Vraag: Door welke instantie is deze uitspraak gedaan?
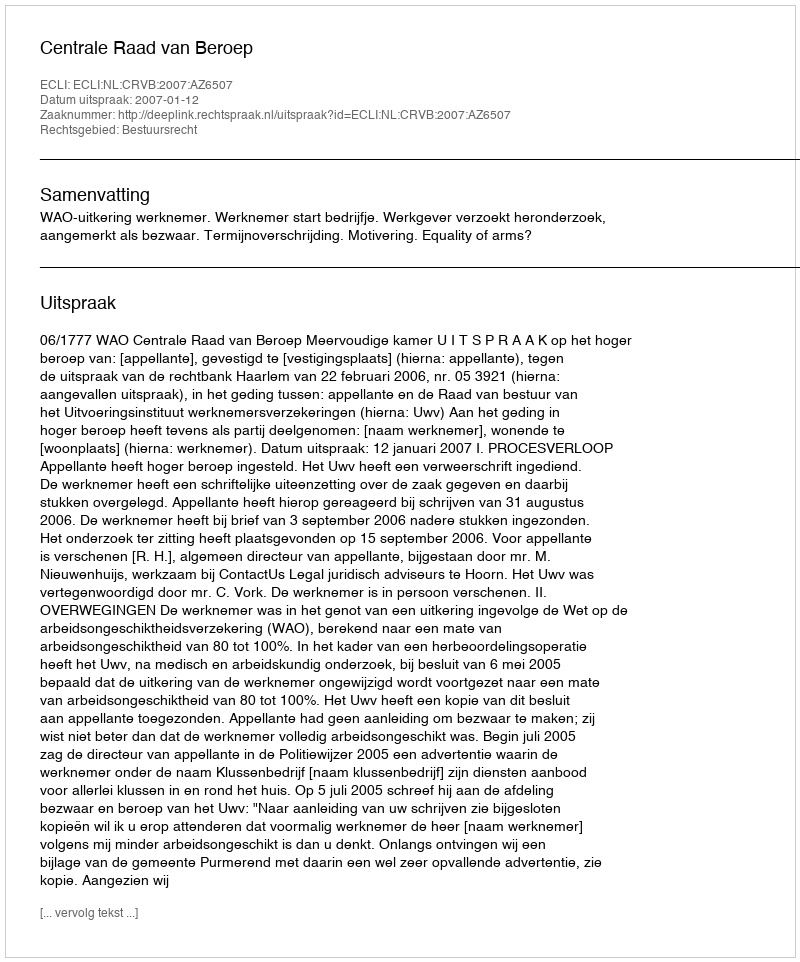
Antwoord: Centrale Raad van Beroep